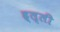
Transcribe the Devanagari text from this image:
ह्ल्ली